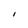
Character: I